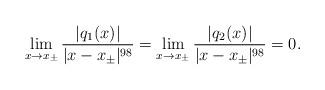
LaTeX: \begin{align*}\lim_{x\rightarrow x_\pm}\frac{ \vert q_1(x)\vert}{\vert x-x_\pm\vert^{98}}=\lim_{x\rightarrow x_\pm}\frac{ \vert q_2(x)\vert}{\vert x-x_\pm\vert^{98}}=0.\end{align*}